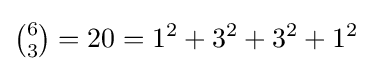
{\tbinom {6}{3}}=20=1^{2}+3^{2}+3^{2}+1^{2}